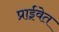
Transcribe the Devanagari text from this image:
प्राईवेत